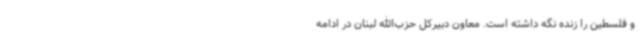
و فلسطین را زنده نگه داشته است. معاون دبیرکل حزب‌الله لبنان در ادامه